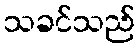
သခင်သည်